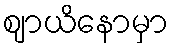
ဈာယိနောမှာ